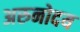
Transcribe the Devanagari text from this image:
अरुनोदय